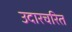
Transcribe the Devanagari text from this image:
उदारचरित